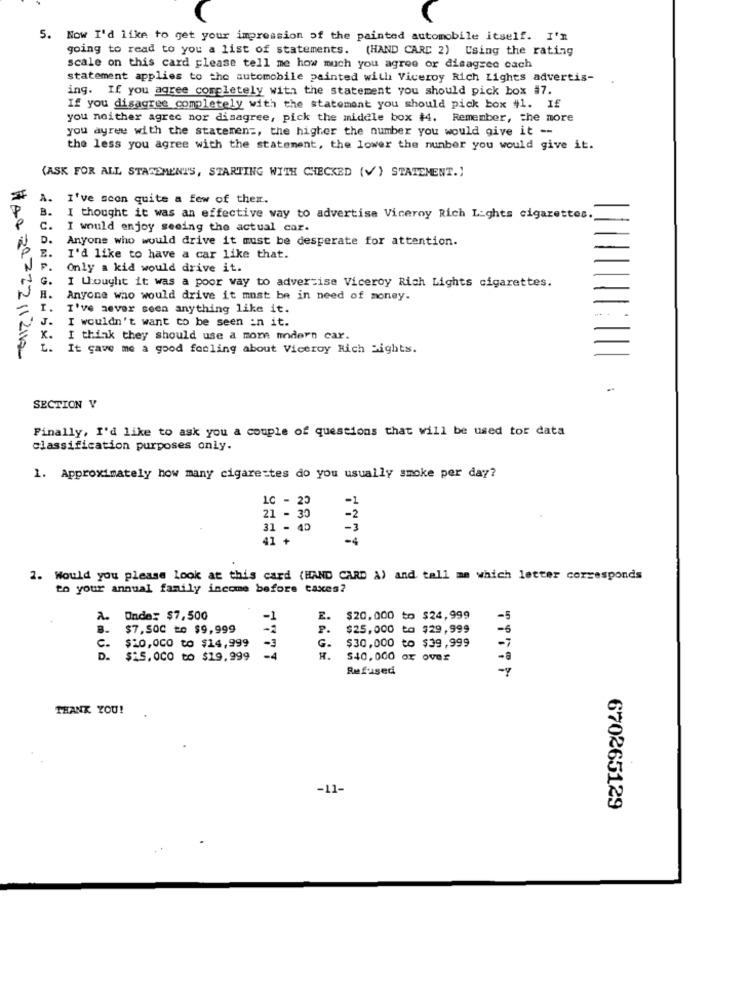
5. Now I'd like to get your impression of the painted automobile itself. I'm
going to read to you a list of statements. (HAND CARD 2) Using the rating
scale on this card please tell me how much you agree or disagree cach
statement applies to the automobile painted with Viceroy Rich Lights advertis-
ing. If you agree completely with the statement you should pick box #7.
If you disagree completely with the statement you should pick box #1. If
you noither agrec nor disagree, pick the middle box 14. Remember, the more
you ayree with the statement, the higher the number you would give it --
the less you agree with the statement, the lower the number you would give it.
(ASK FOR ALL STATEMENTS, STARTING WITH CHECKED (V) STATEMENT.)
I've scon quite a few of ther.
B.
I thought it was an effective way to advertise Viceroy Rich Lights cigarettes.
I would enjoy seeing the actual car.
D.
Anyone who would drive it must be desperate for attention.
I'd like to have a car like that.
Only a kid would drive it.
I Uought it was a poor way to advertise Viceroy Rich Lights cigarettes.
H.
Anyone who would drive it must be in need of money.
I've aever seen anything like it.
J.
I wouldn't want to be seen in it.
x.
I think they should use a more modern car.
1 .
It gave me a good feeling about Viceroy Rich Sights.
HAR Re 222 11 2115-
SECTION V
Finally, I'd like to ask you a couple of questions that will be used tor data
classification purposes only.
1. Approximately how many cigarettes do you usually smoke per day?
10 - 23
-1
-2
21 - 30
31 - 40
-3
41 +
2. Would you please look at this card (HAND CARD A) and tell me which letter corresponds
to your annual family income before taxes?
2.
Onde: $7,500
-1
E.
$20,000 to $24,999
-5
B.
$7,500 to $9,999
-2
P.
$25,000 to $29,999
-5
c.
$20,000 to $14,999
G.
$30,000 to $39,999
-7
-3
D .
$15,000 to $19,999
-4
H.
$40,000 Or over
-a
Refused
-
THANK YOU!
-11-
670265129